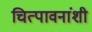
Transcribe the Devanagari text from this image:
चित्पावनांशी